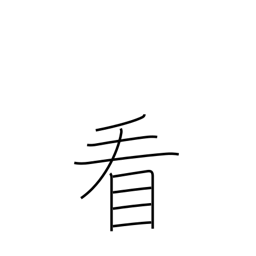
Meaning: watch over